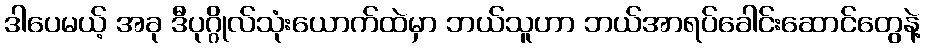
ဒါပေမယ့် အခု ဒီပုဂ္ဂိုလ်သုံးယောက်ထဲမှာ ဘယ်သူဟာ ဘယ်အာရပ်ခေါင်းဆောင်တွေနဲ့